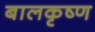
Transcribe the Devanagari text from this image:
बालकृष्‍ण